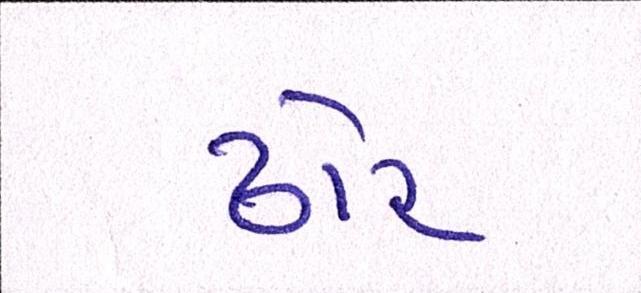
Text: ઢોર